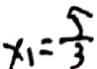
x _ { 1 } = \frac { 5 } { 3 }